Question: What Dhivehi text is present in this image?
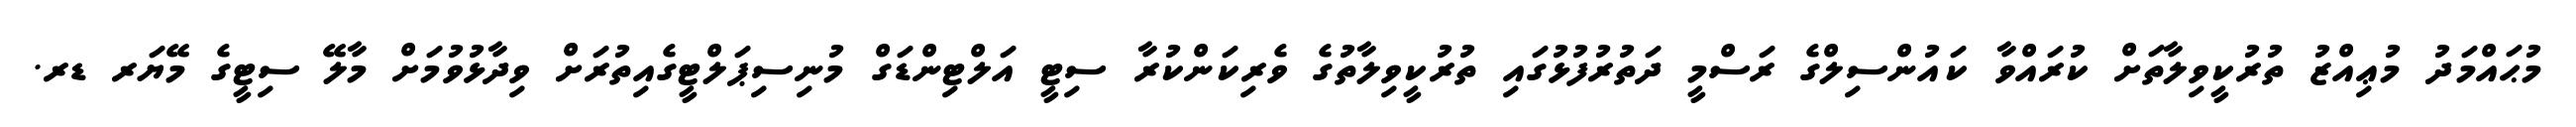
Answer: މުޙައްމަދު މުޢިއްޒު ތުރުކީވިލާތަށް ކުރައްވާ ކައުންސިލްގެ ރަސްމީ ދަތުރުފުޅުގައި ތުރުކީވިލާތުގެ ވެރިކަންކުރާ ސިޓީ އަލްޓިންޑަގް މުނިސިޕަލްޓީގެއިތުރަށް ވިދާޅުވުމަށް މާލޭ ސިޓީގެ މޭޔަރ ޑރ.